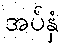
အပ်နှံ